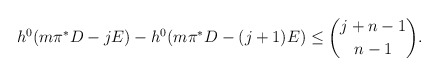
\begin{align*}h^0(m\pi^*D-jE)-h^0(m\pi^*D-(j+1)E)\leq \binom{j+n-1}{n-1}.\end{align*}